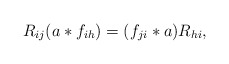
\begin{align*}R_{ij}(a\ast f_{ih})=(f_{ji}\ast a)R_{hi}, \end{align*}